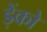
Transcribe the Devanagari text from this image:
ड़ेंको